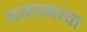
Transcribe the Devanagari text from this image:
माहात्माचा